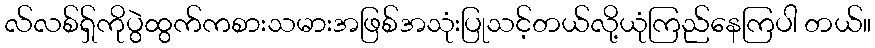
လ်လစ်ရှ်ကိုပွဲထွက်ကစားသမားအဖြစ်အသုံးပြုသင့်တယ်လို့ယုံကြည်နေကြပါ တယ်။